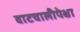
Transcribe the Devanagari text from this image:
वाटचालीपेक्षा